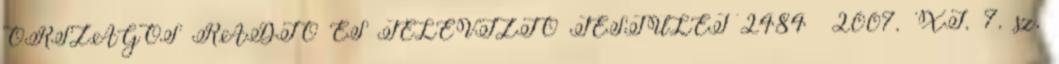
ORSZÁGOS RÁDIÓ ÉS TELEVÍZIÓ TESTÜLET 2484 2007. XI. 7. sz.